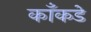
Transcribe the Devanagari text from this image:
काँकडे